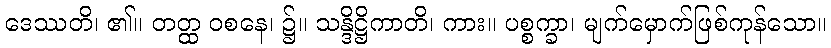
ဒေဿတိ၊ ၏။ တတ္ထ ဝစနေ၊ ၌။ သန္ဒိဋ္ဌိကာတိ၊ ကား။ ပစ္စက္ခာ၊ မျက်မှောက်ဖြစ်ကုန်သော။